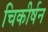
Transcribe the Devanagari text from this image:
चिकीर्षन